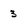
Character: 3